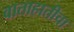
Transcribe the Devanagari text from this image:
वाताहातीचा